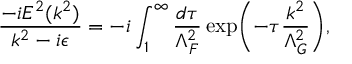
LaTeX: \frac { - i { \cal E } ^ { 2 } ( k ^ { 2 } ) } { k ^ { 2 } - i \epsilon } = - i \int _ { 1 } ^ { \infty } \frac { d \tau } { \Lambda _ { F } ^ { 2 } } \exp \biggl ( - \tau \frac { k ^ { 2 } } { \Lambda _ { G } ^ { 2 } } \biggr ) ,